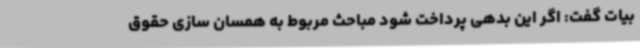
بیات گفت: اگر این بدهی پرداخت شود مباحث مربوط به همسان سازی حقوق